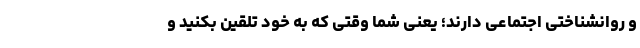
و روانشناختی اجتماعی دارند؛ یعنی شما وقتی که به خود تلقین بکنید و